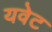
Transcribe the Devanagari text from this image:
यवेट